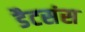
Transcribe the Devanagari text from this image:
डैटसंस